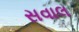
સવાલ